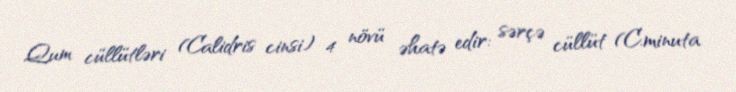
Qum cüllütləri (Calidris cinsi) 4 növü əhatə edir: sərçə cüllüt (C.minuta